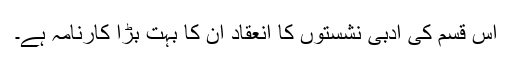
اس قسم کی ادبی نشستوں کا انعقاد ان کا بہت بڑا کارنامہ ہے۔